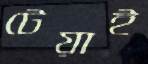
টেয়াই